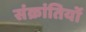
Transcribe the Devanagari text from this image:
संक्रांतियों